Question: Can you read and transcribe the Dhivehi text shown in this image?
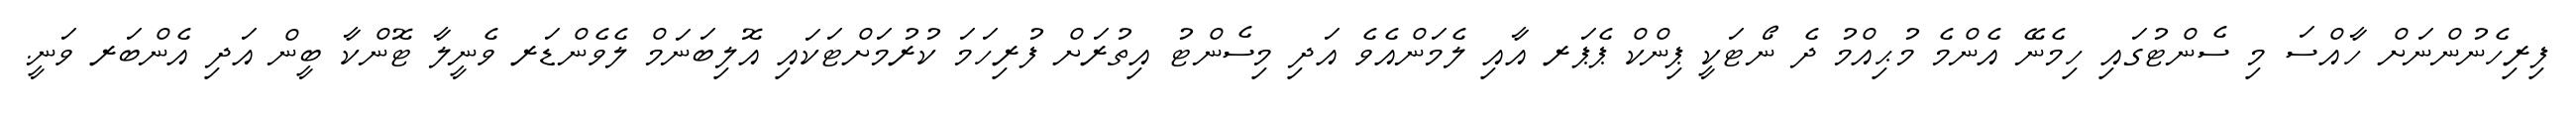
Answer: ފިރިހެނުންނަށް ހާއްސަ މި ސެންޓުގައި ހިމެނޭ އެންމެ މުޙިއްމު ދެ ނޯޓަކީ ޕިންކް ޕެޕަރ އާއި ލެމަންއެވެ އަދި މިސެންޓު އިތުރަށް ފުރިހަމަ ކުރުމަށްޓަކައި އޮލިބަނަމް ލެވެންޑަރ ވެނީލާ ޓޮންކާ ބީން އަދި އެންބަރ ވަނީ.